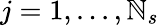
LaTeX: j=1,...,\mathbb{N}_{s}